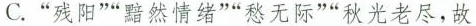
C.”残阳””黯然情绪””愁无际””秋光老尽，故